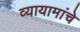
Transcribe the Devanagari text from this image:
व्यायामांचे